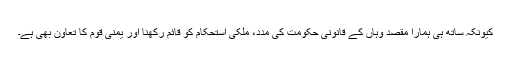
کیونکہ ساتھ ہى ہمارا مقصد وہاں کے قانونى حکومت کى مدد، ملکى استحکام کو قائم رکهنا اور یمنى قوم کا تعاون بهى ہے۔